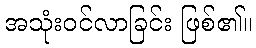
အသုံးဝင်လာခြင်း ဖြစ်၏။